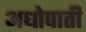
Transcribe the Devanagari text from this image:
अधोपाती